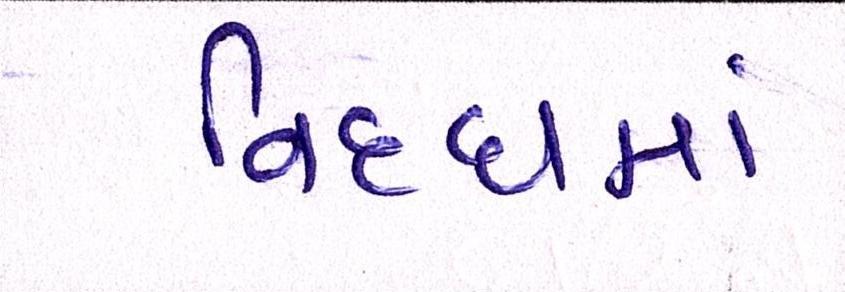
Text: વિધ્ધમાં